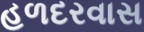
હળદરવાસ